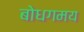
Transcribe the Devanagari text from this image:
बोधगमय